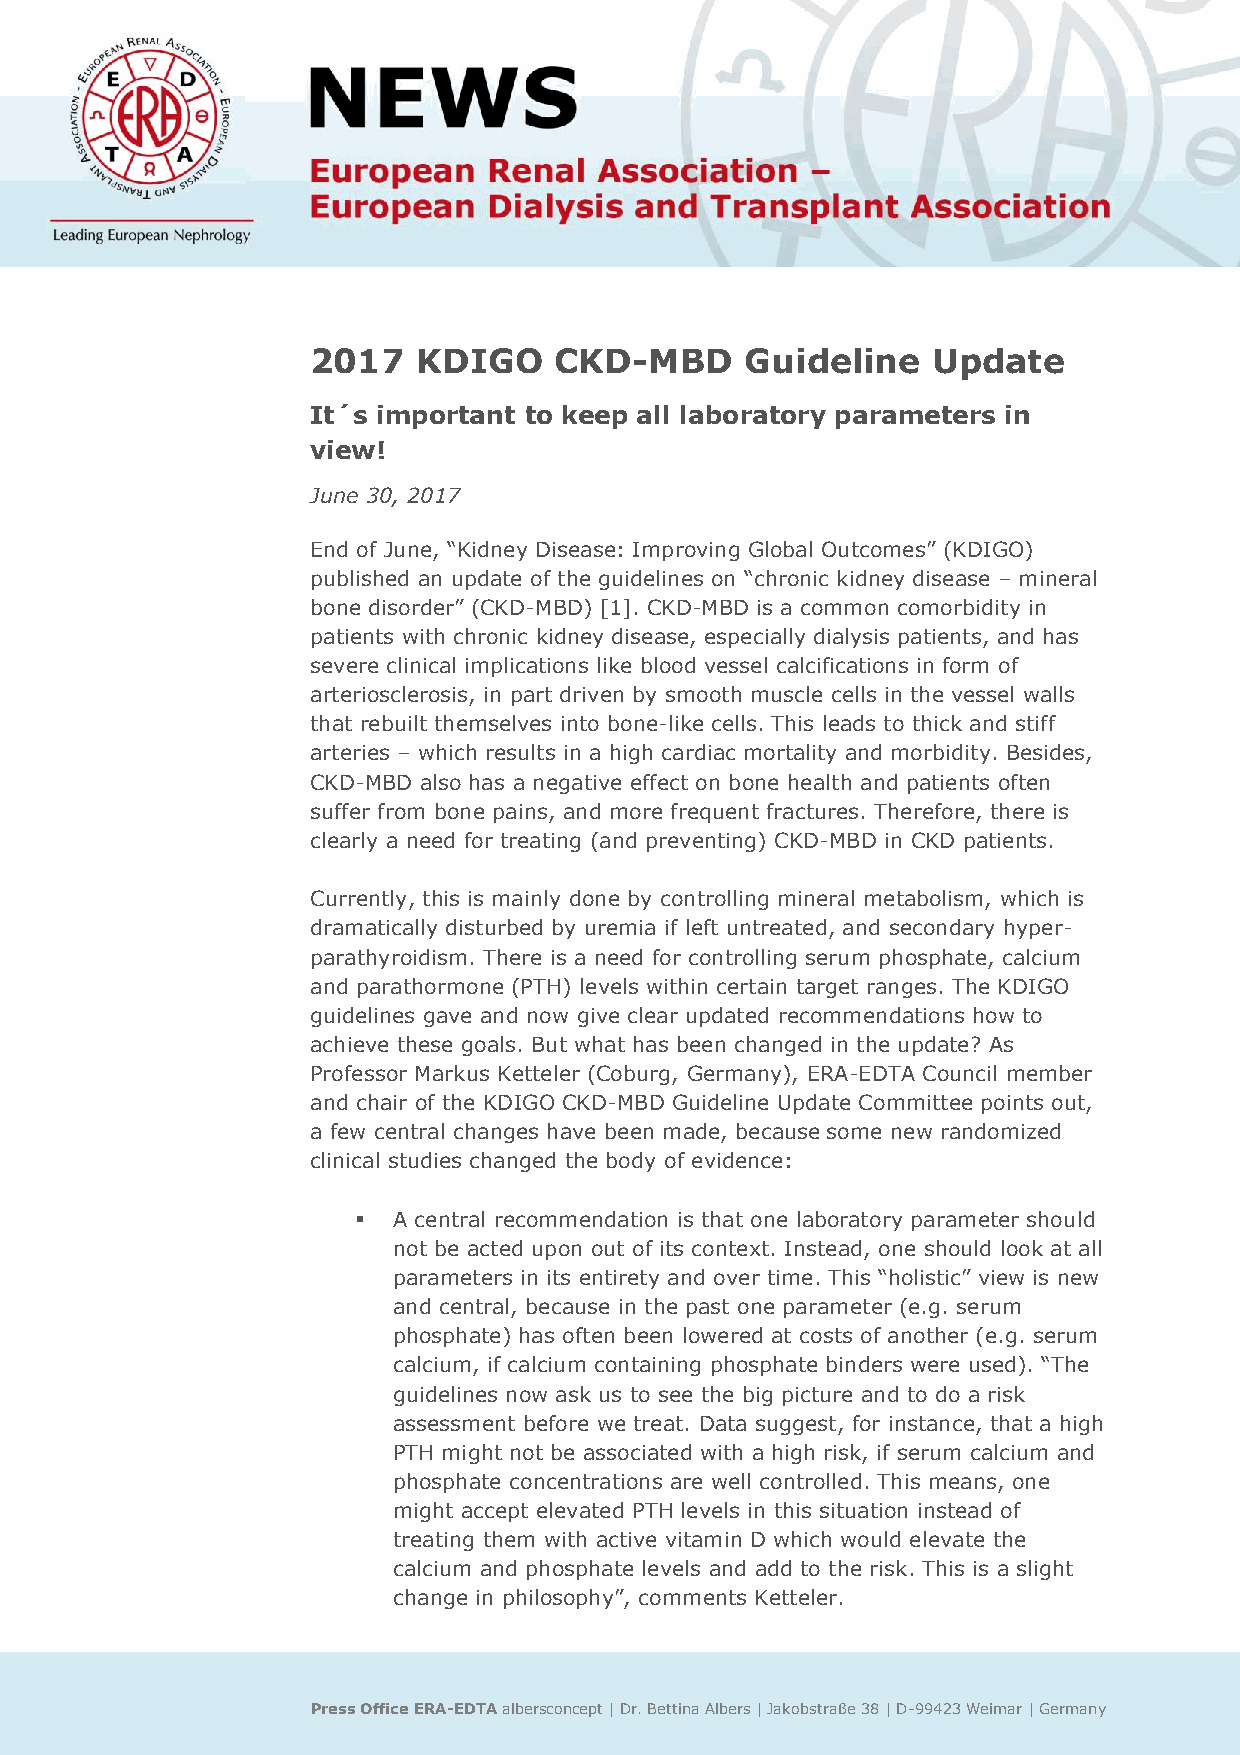
2017   KDIGO    CKD-MBD     Guideline    Update
 It´s important to keep all laboratory parameters in
 view!
 June 30, 2017
 End of June, “Kidney Disease: Improving Global Outcomes” (KDIGO)
 published an update of the guidelines on “chronic kidney disease – mineral
 bone disorder” (CKD-MBD) [1]. CKD-MBD is a common comorbidity in
 patients with chronic kidney disease, especially dialysis patients, and has
 severe clinical implications like blood vessel calcifications in form of
 arteriosclerosis, in part driven by smooth muscle cells in the vessel walls
 that rebuilt themselves into bone-like cells. This leads to thick and stiff
 arteries – which results in a high cardiac mortality and morbidity. Besides,
 CKD-MBD also has a negative effect on bone health and patients often
 suffer from bone pains, and more frequent fractures. Therefore, there is
 clearly a need for treating (and preventing) CKD-MBD in CKD patients.
 Currently, this is mainly done by controlling mineral metabolism, which is
 dramatically disturbed by uremia if left untreated, and secondary hyper-
 parathyroidism. There is a need for controlling serum phosphate, calcium
 and parathormone (PTH) levels within certain target ranges. The KDIGO
 guidelines gave and now give clear updated recommendations how to
 achieve these goals. But what has been changed in the update? As
 Professor Markus Ketteler (Coburg, Germany), ERA-EDTA Council member
 and chair of the KDIGO CKD-MBD Guideline Update Committee points out,
 a few central changes have been made, because some new randomized
 clinical studies changed the body of evidence:
  A central recommendation is that one laboratory parameter should
 not be acted upon out of its context. Instead, one should look at all
 parameters in its entirety and over time. This “holistic” view is new
 and central, because in the past one parameter (e.g. serum
 phosphate) has often been lowered at costs of another (e.g. serum
 calcium, if calcium containing phosphate binders were used). “The
 guidelines now ask us to see the big picture and to do a risk
 assessment before we treat. Data suggest, for instance, that a high
 PTH might not be associated with a high risk, if serum calcium and
 phosphate concentrations are well controlled. This means, one
 might accept elevated PTH levels in this situation instead of
 treating them with active vitamin D which would elevate the
 calcium and phosphate levels and add to the risk. This is a slight
 change in philosophy”, comments Ketteler.
 Press Office ERA-EDTA albersconcept | Dr. Bettina Albers | Jakobstraße 38 | D-99423 Weimar | Germany